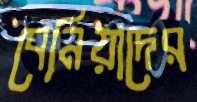
বেনিয়াদের